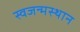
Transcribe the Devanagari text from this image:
स्वजन्मस्थान